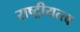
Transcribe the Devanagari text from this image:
राष्ट्रीयत्त्व